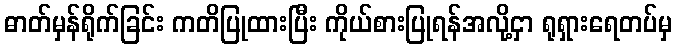
ဓာတ်မှန်ရိုက်ခြင်း ကတိပြုထားပြီး ကိုယ်စားပြုရန်အလို့ငှာ ရုရှားရေတပ်မှ